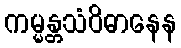
ကမ္မန္တသံဝိဓာနေန